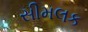
સીમલક